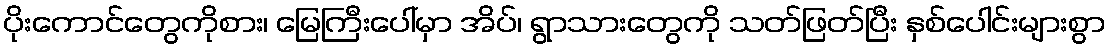
ပိုးကောင်တွေကိုစား၊ မြေကြီးပေါ်မှာ အိပ်၊ ရွာသားတွေကို သတ်ဖြတ်ပြီး နှစ်ပေါင်းများစွာ